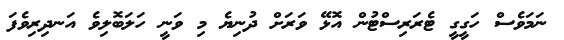
ނަމަވެސް ހަގީގީ ޓެރަރިސްޓުން އޮޅޭ ވަރަށް ދުނިޔެ މި ވަނީ ހަލަބޮލިވެ އަނދިރިވެފަ